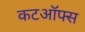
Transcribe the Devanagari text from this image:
कटऑफ्स